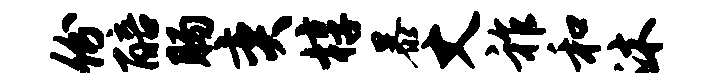
份醅肠奕椁暴丈祚和沐